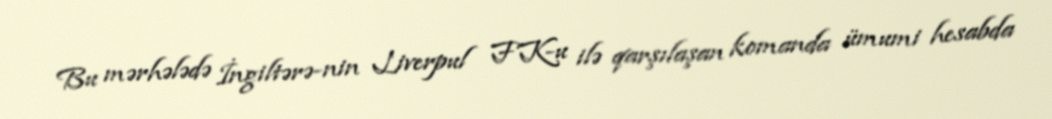
Bu mərhələdə İngiltərə-nin Liverpul FK-u ilə qarşılaşan komanda ümumi hesabda